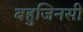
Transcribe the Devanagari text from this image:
बहुजिनसी